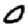
Digit: 0